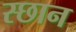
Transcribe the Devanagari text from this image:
स्छान